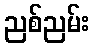
ညစ်ညမ်း